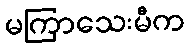
မကြာသေးမီက